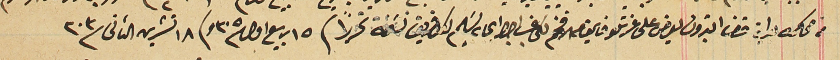
من محكمه بداية قضا البترون يعرض على عزتلو قايمقام الافخم لكى غب اجراي يسَلم لكل فريق نسخة تحرراً فى ١٥ ربيع اول /٣٠٥ وفى ١٨ تشرين الثانى /٣٠٣